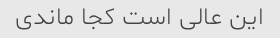
این عالی است کجا ماندی